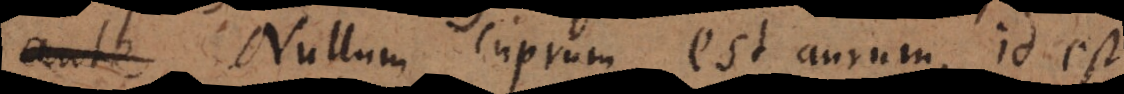
. Nullum cuprum est aurum, id est